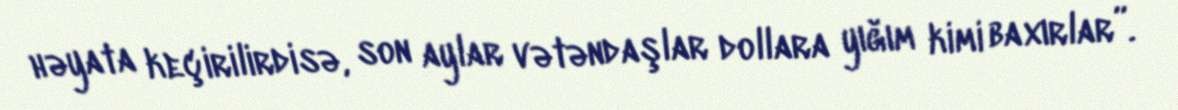
həyata keçirilirdisə, son aylar vətəndaşlar dollara yığım kimi baxırlar”.